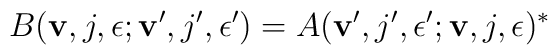
B({\bf v},j,\epsilon;{\bf v}',j',\epsilon')=A({\bf v}',j',\epsilon';{\bf v},j,\epsilon)^*